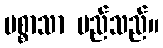
ပစ္စာသာ မည်သည်။